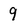
Character: 9